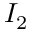
I _ { 2 }